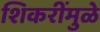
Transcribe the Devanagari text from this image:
शिकरींमुळे